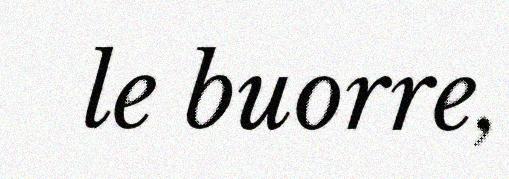
le buorre,